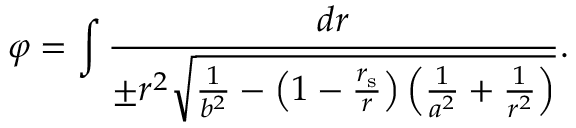
\varphi = \int { \frac { d r } { \pm r ^ { 2 } { \sqrt { { \frac { 1 } { b ^ { 2 } } } - \left( 1 - { \frac { r _ { \mathrm { { s } } } } { r } } \right) \left( { \frac { 1 } { a ^ { 2 } } } + { \frac { 1 } { r ^ { 2 } } } \right) } } } } .